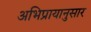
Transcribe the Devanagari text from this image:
अभिप्रायानुसार